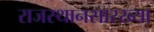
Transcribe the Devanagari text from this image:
राजस्थानसारख्या